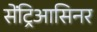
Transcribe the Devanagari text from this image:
सेंट्रिआसिनर